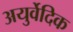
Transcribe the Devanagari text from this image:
अयुर्वेदिक